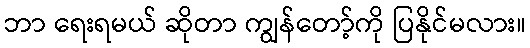
ဘာ ရေးရမယ် ဆိုတာ ကျွန်တော့်ကို ပြနိုင်မလား။